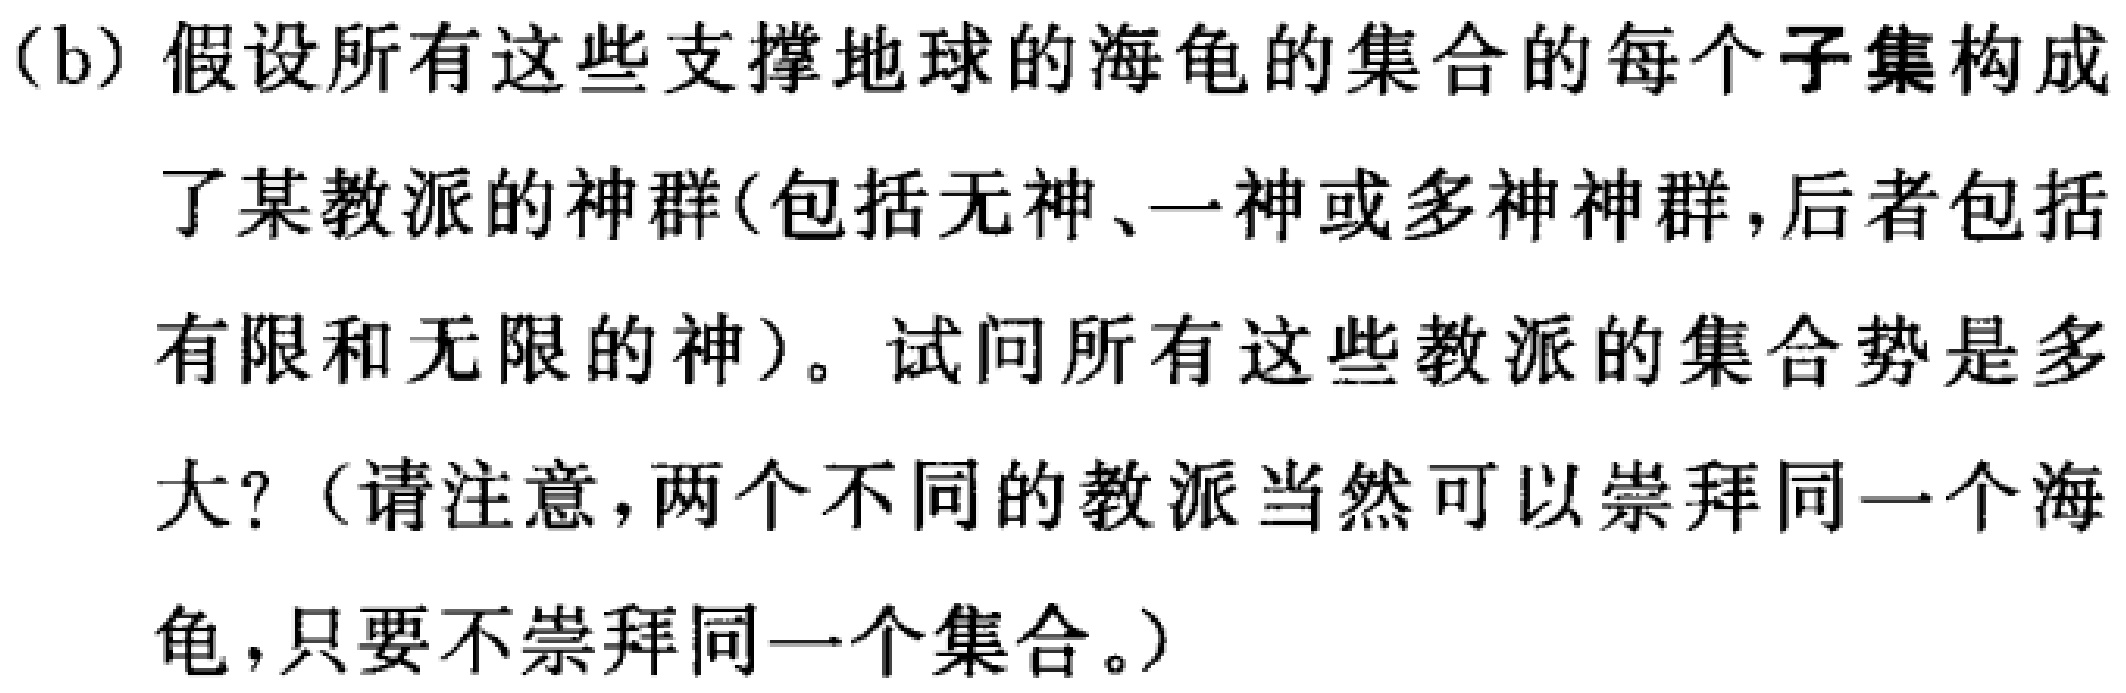
(b) 假设所有这些支撑地球的海龟的集合的每个子集构成了某教派的神群(包括无神、一神或多神神群,后者包括有限和无限的神)。试问所有这些教派的集合势是多大?（请注意,两个不同的教派当然可以崇拜同一个海龟,只要不崇拜同一个集合。）